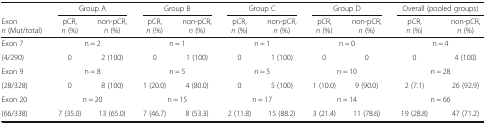
|  | <COLSPAN=2> Group A | <COLSPAN=2> Group B | <COLSPAN=2> Group C | <COLSPAN=2> Group D | <COLSPAN=2> Overall (pooled groups) |
 | Exonn (Mut/total) | pCR, n (%) | non-pCR, n (%) | pCR, n (%) | non-pCR, n (%) | pCR, n (%) | non-pCR, n (%) | pCR, n (%) | non-pCR, n (%) | pCR, n (%) | non-pCR, n (%) |
 | --- | --- | --- | --- | --- | --- | --- | --- | --- | --- | --- |
 | Exon 7 | <COLSPAN=2> n = 2 | <COLSPAN=2> n = 1 | <COLSPAN=2> n = 1 | <COLSPAN=2> n = 0 | <COLSPAN=2> n = 4 |
 | (4/290) | 0 | 2 (100) | 0 | 1 (100) | 0 | 1 (100) | 0 | 0 | 0 | 4 (100) |
 | Exon 9 | <COLSPAN=2> n = 8 | <COLSPAN=2> n = 5 | <COLSPAN=2> n = 5 | <COLSPAN=2> n = 10 | <COLSPAN=2> n = 28 |
 | (28/328) | 0 | 8 (100) | 1 (20.0) | 4 (80.0) | 0 | 5 (100) | 1 (10.0) | 9 (90.0) | 2 (7.1) | 26 (92.9) |
 | Exon 20 | <COLSPAN=2> n = 20 | <COLSPAN=2> n = 15 | <COLSPAN=2> n = 17 | <COLSPAN=2> n = 14 | <COLSPAN=2> n = 66 |
 | (66/338) | 7 (35.0) | 13 (65.0) | 7 (46.7) | 8 (53.3) | 2 (11.8) | 15 (88.2) | 3 (21.4) | 11 (78.6) | 19 (28.8) | 47 (71.2) |